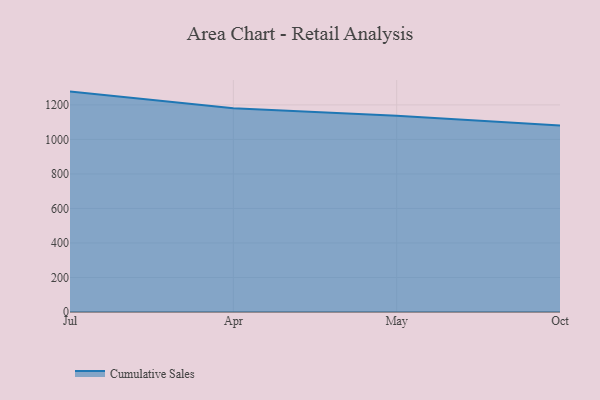
{"axis": {"x": "Month", "y": "Shipments"}, "legend": ["Cumulative Sales"], "data": [{"x": "Jul", "y": 1277.2, "type": "Cumulative Sales"}, {"x": "Apr", "y": 1181.4, "type": "Cumulative Sales"}, {"x": "May", "y": 1136.6, "type": "Cumulative Sales"}, {"x": "Oct", "y": 1080.2, "type": "Cumulative Sales"}]}